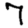
Digit: 7